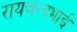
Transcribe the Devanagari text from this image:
रायचन्दभाई